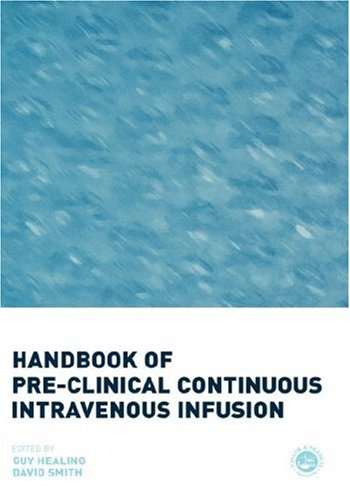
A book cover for Handbook of Pre-Clinical Continuous Intravenous Infusion; Medical Books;